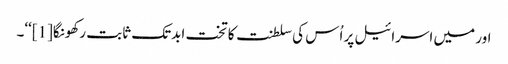
اور میں اسرائیل پر اُس کی سلطنت کا تخت ابدتک ثابت رکھونگا[1]‘‘۔